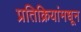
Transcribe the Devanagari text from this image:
प्रतिक्रियांमधून